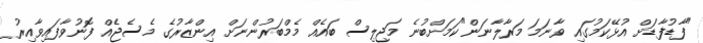
"ފާޑުފާޑަށް އުޅޭކަމުގައި ވާނަމަ މަރާލާނަން"ކަމަށްބުނެ މަޖިލިސް ބައެއް މެމްބަރުންނަށް އިންޒާރުގެ މެސެޖެއް ފޮނުވާފައިވާއިރު